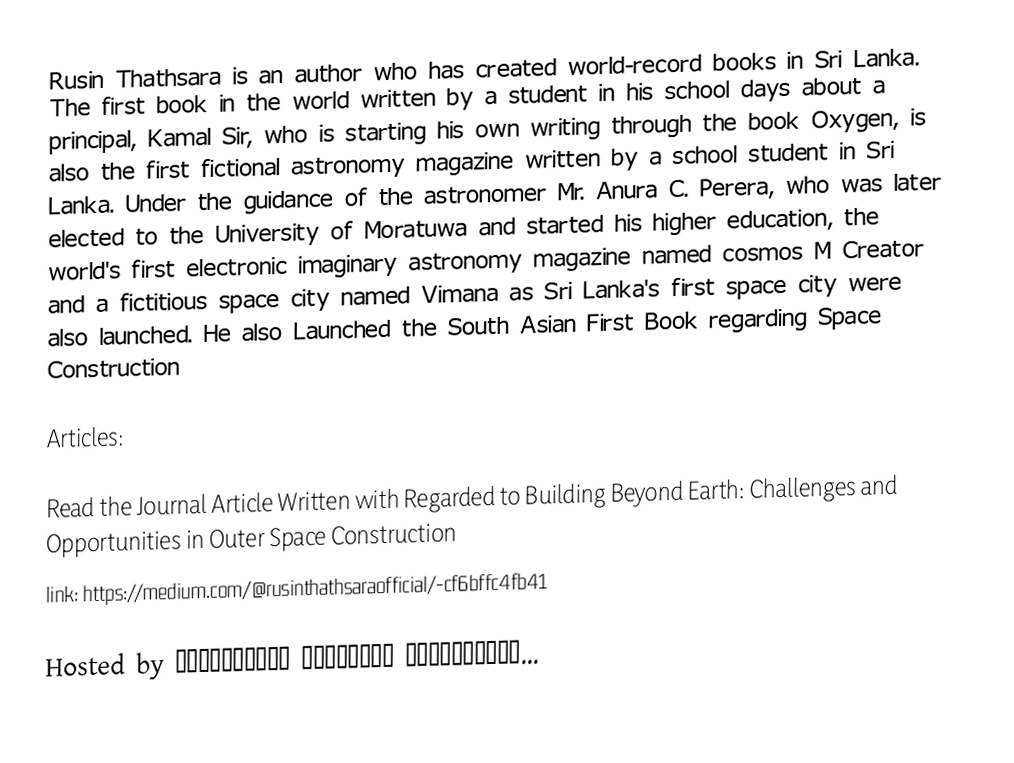
Rusin Thathsara is an author who has created world-record books in Sri Lanka. The first book in the world written by a student in his school days about a principal, Kamal Sir, who is starting his own writing through the book Oxygen, is also the first fictional astronomy magazine written by a school student in Sri Lanka. Under the guidance of the astronomer Mr. Anura C. Perera, who was later elected to the University of Moratuwa and started his higher education, the world's first electronic imaginary astronomy magazine named cosmos M Creator and a fictitious space city named Vimana as Sri Lanka's first space city were also launched. He also Launched the South Asian First Book regarding Space Construction

Articles:

Read the Journal Article Written with Regarded to Building Beyond Earth: Challenges and Opportunities in Outer Space Construction
link: https://medium.com/@rusinthathsaraofficial/-cf6bffc4fb41

Hosted by 𝐒𝐜𝐢𝐞𝐧𝐭𝐢𝐟𝐢𝐜 𝐑𝐞𝐬𝐞𝐚𝐫𝐜𝐡 𝐏𝐮𝐛𝐥𝐢𝐬𝐡𝐢𝐧𝐠...